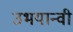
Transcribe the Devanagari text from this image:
उभयान्वी